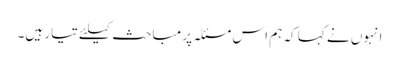
انہوں نے کہا کہ ہم اس مسئلہ پر مباحث کیلئے تیار ہیں۔